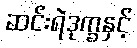
ဆင်းရဲဒုက္ခနှင့်